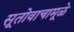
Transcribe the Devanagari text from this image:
सूतोवाचामूळे